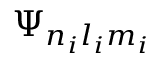
\Psi _ { n _ { i } l _ { i } m _ { i } }